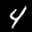
Label: 4